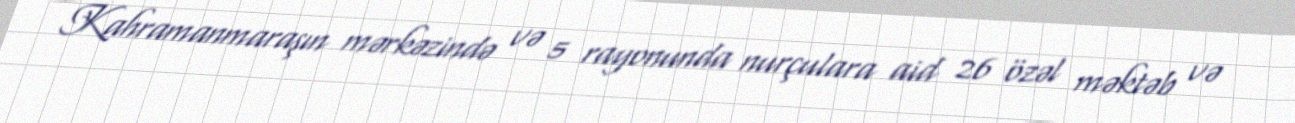
Kahramanmaraşın mərkəzində və 5 rayonunda nurçulara aid 26 özəl məktəb və